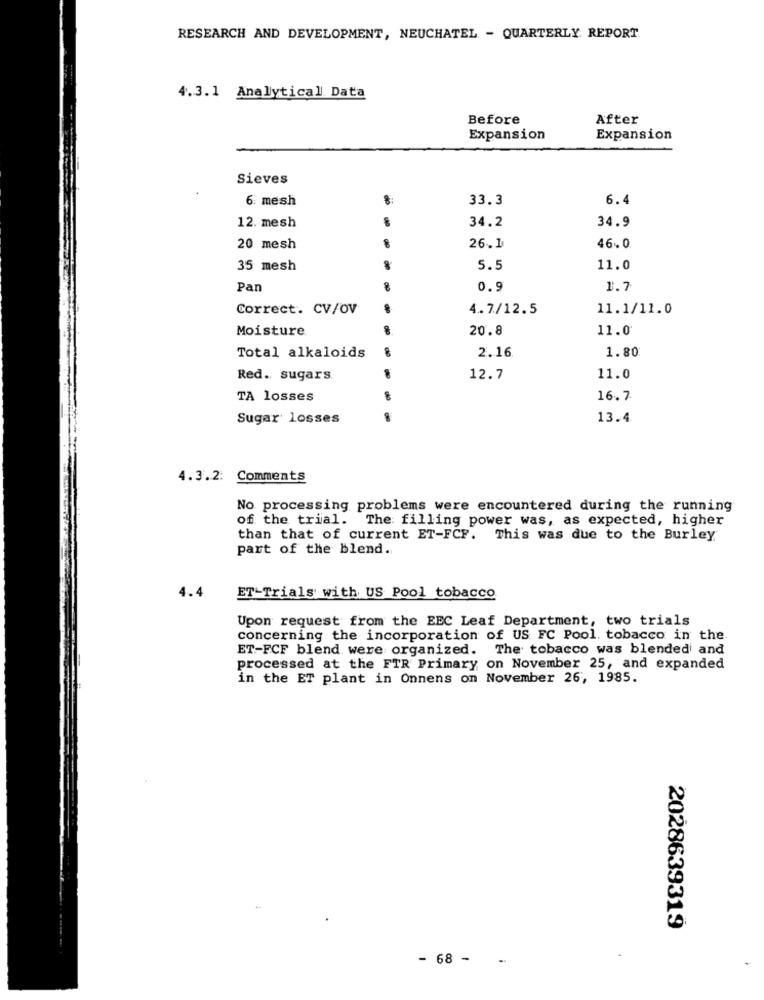
RESEARCH AND DEVELOPMENT, NEUCHATEL - QUARTERLY REPORT
4.3.1 Analytical Data
Before
After
Expansion
Expansion
Sieves
6. mesh
33.3
6.4
34.9
12. mesh
34.2
20 mesh
26.1
46.0
35 mesh
5.5
11.0
Pan
0.9
1.7
Correct. CV/OV
4.7/12.5
11.1/11.0
Moisture
20.8
11.0
2.16
Total alkaloids
1.80
Red. sugars.
12.7
11.0
TA losses
16.7
Sugar losses
13.4
4.3.2 Comments
No processing problems were encountered during the running
of the trial. The: filling power was, as expected, higher
than that of current ET-FCF. This was due to the Burley
part of the blend.
4.4
ET-Trials with US Pool tobacco
Upon request from the EEC Leaf Department, two trials
concerning the incorporation of US FC Pool. tobacco in the.
ET-FCF blend were organized. The tobacco was blended and
processed at the FTR Primary on November 25, and expanded
in the ET plant in Onnens on November 26, 1985.
2028639319
- 68 -
-